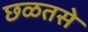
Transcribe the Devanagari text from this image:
छळतसे